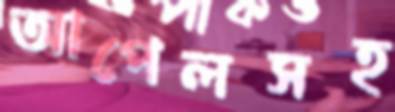
আপেলসহ